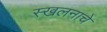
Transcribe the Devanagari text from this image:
स्खलनाचे